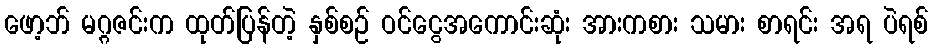
ဖော့ဘ် မဂ္ဂဇင်းက ထုတ်ပြန်တဲ့ နှစ်စဉ် ဝင်ငွေအကောင်းဆုံး အားကစား သမား စာရင်း အရ ပဲရစ်